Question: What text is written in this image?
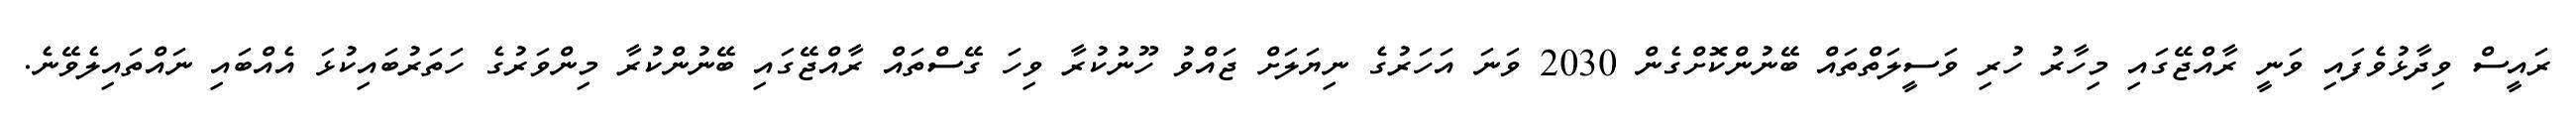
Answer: ރައީސް ވިދާޅުވެފައި ވަނީ ރާއްޖޭގައި މިހާރު ހުރި ވަސީލަތްތައް ބޭނުންކޮށްގެން 2030 ވަނަ އަހަރުގެ ނިޔަލަށް ޖައްވު ހޫނުކުރާ ވިހަ ގޭސްތައް ރާއްޖޭގައި ބޭނުންކުރާ މިންވަރުގެ ހަތަރުބައިކުޅަ އެއްބައި ނައްތައިލެވޭނެ.